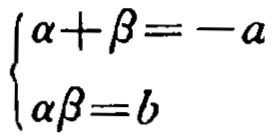
\(\begin{cases}

\alpha+\beta=-a \\

\alpha\beta = b

\end{cases}\)